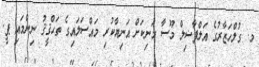
މ. ގުލްހަޒާރުގެ އަލްފާޟިލް މޫސާ މަނިކަށް އަނިޔާކުރި މައްސަލައިގެ ތަޙްޤީޤު ނިންމައި ޕީ.